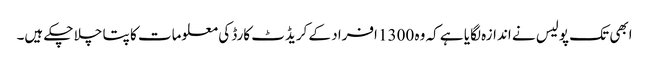
ابھی تک پولیس نے اندازہ لگایا ہے کہ وہ 1300 افراد کے کریڈٹ کارڈ کی معلومات کا پتا چلا چکے ہیں۔